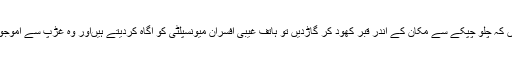
ہر صورت سے ناامید ہوکر جب یہ ٹھان لیتے ہیں کہ چلو چپکے سے مکان کے اندر قبر کھود کر گاڑدیں تو ہاتف غیبی افسران میونسپلٹی کو آگاہ کردیتے ہیںاور وہ غڑپ سے آموجود ہوکر خرمن امید پر کڑکتی بجلی گرادیتے ہیں۔